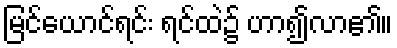
မြင်ယောင်ရင်း ရင်ထဲ၌ ဟာ၍လာ၏။